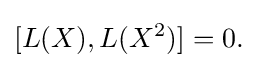
\displaystyle {[L(X),L(X^{2})]=0.}